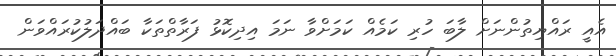
އެއީ ރައްޔިތުންނަށް ލާބަ ހުރި ކަމެއް ކަމަށްވާ ނަމަ އިދިކޮޅު ފަރާތްތަކާ ބައްދަލުކުރައްވަން